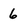
Character: 6